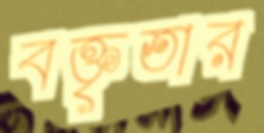
বক্তৃতার